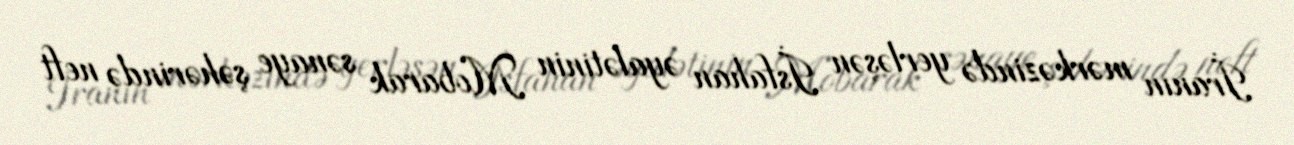
İranın mərkəzində yerləşən İsfahan əyalətinin Mobarak sənaye şəhərində neft